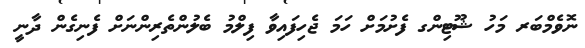
ނޮވެމްބަރ މަހު ޝޫޓިންގ ފެށުމަށް ހަމަ ޖެހިފައިވާ ފިލްމު ބެލުންތެރިންނަށް ފެނިގެން ދާނީ